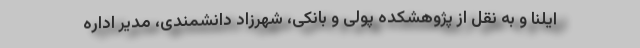
ایلنا و به نقل از پژوهشکده پولی و بانکی، شهرزاد دانشمندی، مدیر اداره